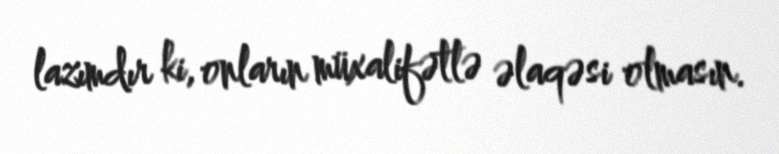
lazımdır ki, onların müxalifətlə əlaqəsi olmasın.